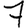
Digit: 7